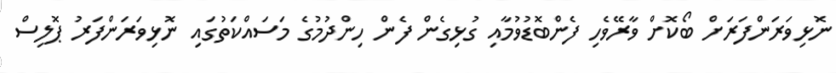
ނޮޅިވަރަންފަރަށް ބޯކޮށް ވާރޭވެހި ފެންބޮޑުވުމާއި ގުޅިގެން ފެން ހިންދުމުގެ މަސައްކަތުގައި ނޮޅިވަރަންފަރު ޕޮލިސް